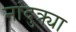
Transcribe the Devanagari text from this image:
नांदुक्र्या